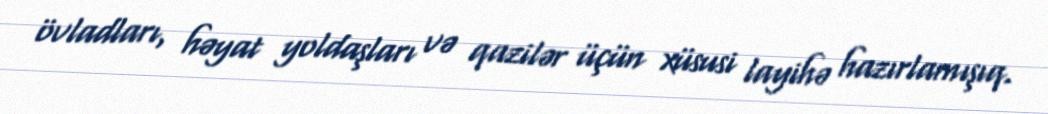
övladları, həyat yoldaşları və qazilər üçün xüsusi layihə hazırlamışıq.